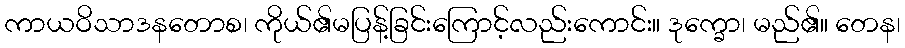
ကာယဝိသာဒနတောစ၊ ကိုယ်၏မပြန့်ခြင်းကြောင့်လည်းကောင်း။ ဒုက္ခော၊ မည်၏။ တေန၊